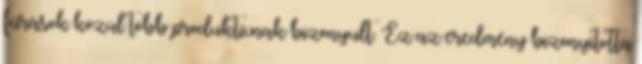
fúrások közül több produktívnak bizonyult. Ez az eredmény bizonyította